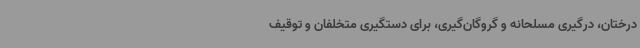
درختان، درگیری مسلحانه و گروگان‌گیری، برای دستگیری متخلفان و توقیف